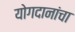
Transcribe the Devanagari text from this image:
योगदानांचा